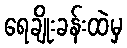
ရေချိုးခန်းထဲမှ